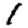
Digit: 1